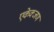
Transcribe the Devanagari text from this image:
एकेक्जण